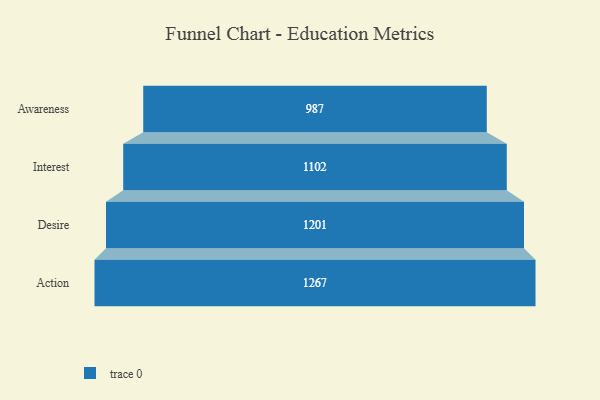
{"axis": {"x": "Stage", "y": "Value"}, "legend": [""], "data": [{"x": "Awareness", "y": 987.0, "type": ""}, {"x": "Interest", "y": 1102.0, "type": ""}, {"x": "Desire", "y": 1201.0, "type": ""}, {"x": "Action", "y": 1267.0, "type": ""}]}